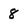
Character: 8